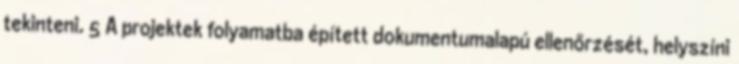
tekinteni. 5 A projektek folyamatba épített dokumentumalapú ellenőrzését, helyszíni